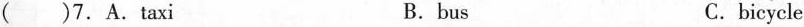
( )7.A.taxi B.bus C.bicycle